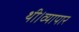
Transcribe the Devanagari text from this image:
थी।व्यापार